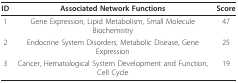
<table><thead><tr><td><b>ID</b></td><td><b>Associated Network Functions</b></td><td><b>Score</b></td></tr></thead><tbody><tr><td>1</td><td>Gene Expression, Lipid Metabolism, Small Molecule Biochemistry</td><td>47</td></tr><tr><td>2</td><td>Endocrine System Disorders, Metabolic Disease, Gene Expression</td><td>25</td></tr><tr><td>3</td><td>Cancer, Hematological System Development and Function, Cell Cycle</td><td>19</td></tr></tbody></table>